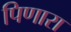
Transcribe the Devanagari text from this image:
पिणारा